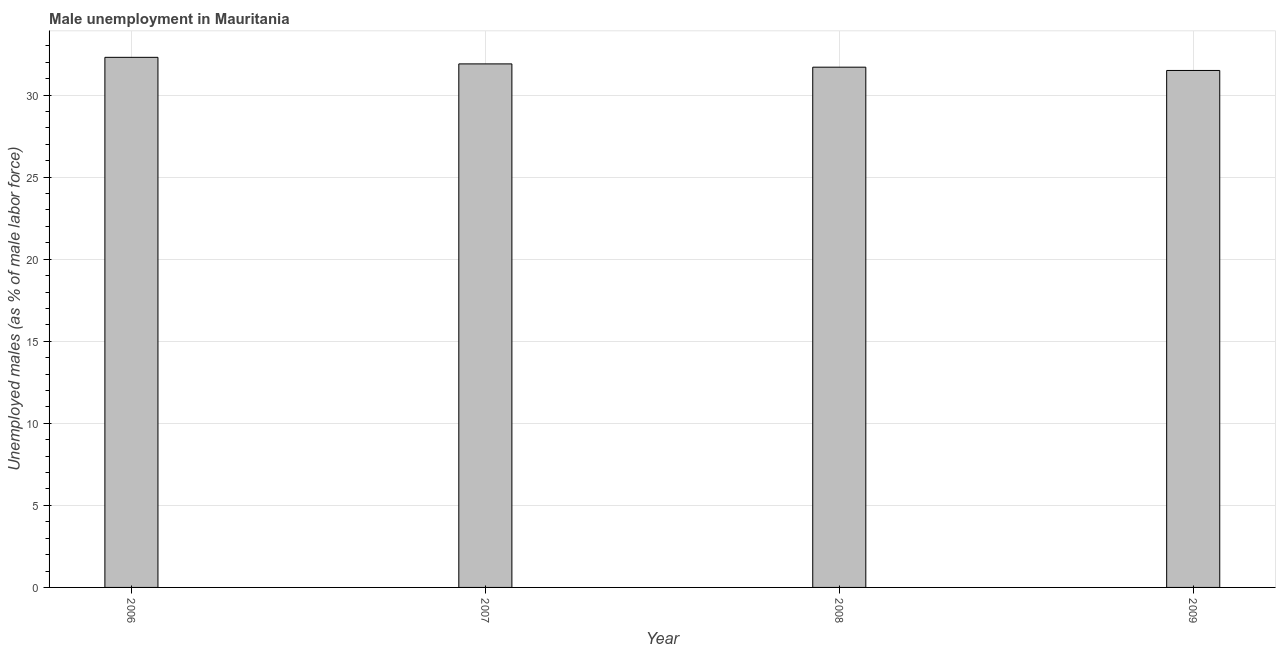
| Year | Unemployment |
 | --- | --- |
 | 2006 | 32.3 |
 | 2007 | 31.9 |
 | 2008 | 31.7 |
 | 2009 | 31.5 |